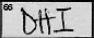
Transcription: DHI